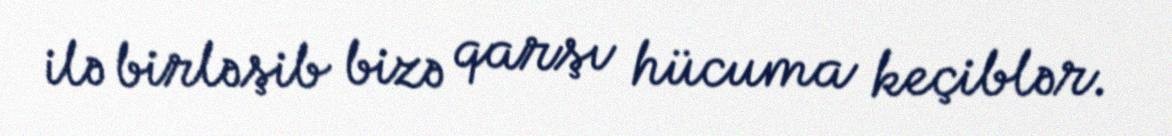
ilə birləşib bizə qarşı hücuma keçiblər.